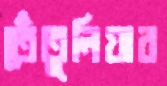
তেঁতুলিয়ার